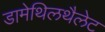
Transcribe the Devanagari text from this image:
डामेथिलथैलेट